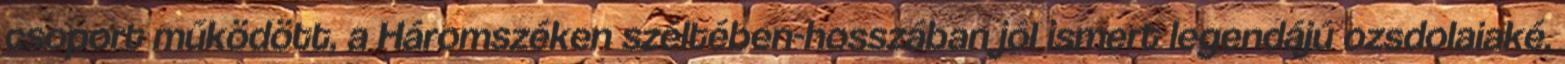
csoport működött, a Háromszéken széltében-hosszában jól ismert legendájú ozsdolaiaké.